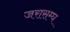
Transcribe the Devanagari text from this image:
जरासम्घ